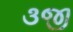
૩જી